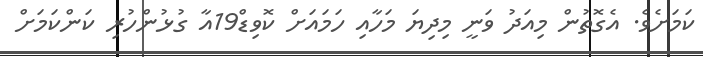
ކަމަށެވެ. އެގޮތުން މިއަދު ވަނީ މިދިޔަ މަހާއި ހަމައަށް ކޮވިޑް19އާ ގުޅުންހުރި ކަންކަމަށް